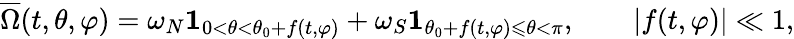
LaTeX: \overline{{\Omega}}(t,\theta,\varphi)=\omega_{N}\mathbf{1}_{0<\theta<\theta_{0}+f(t,\varphi)}+\omega_{S}\mathbf{1}_{\theta_{0}+f(t,\varphi)\leqslant\theta<\pi},\qquad|f(t,\varphi)|\ll 1,